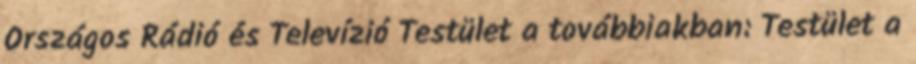
Országos Rádió és Televízió Testület a továbbiakban: Testület a